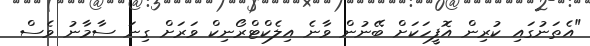
"އެތަނުގައި ކުރިން އޮފީހަކަށް ބޭނުން ވާނެ އިލެކްޓްރޯނިކް ވަރަށް ގިނަ ސާމާނު ވެސް